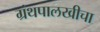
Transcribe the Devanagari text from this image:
ग्रंथपालखीचा